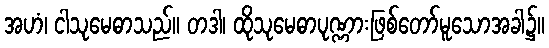
အဟံ၊ ငါသုမေဓာသည်။ တဒါ၊ ထိုသုမေဓာပုဏ္ဏားဖြစ်တော်မူသောအခါ၌။